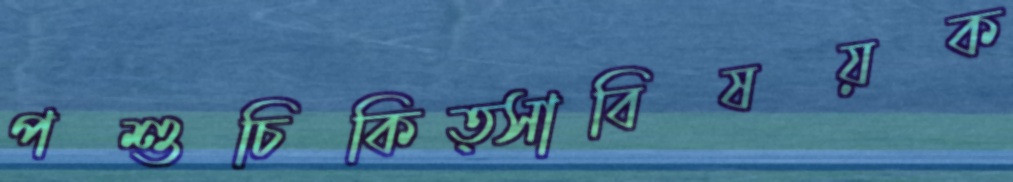
পশুচিকিত্সাবিষয়ক